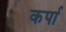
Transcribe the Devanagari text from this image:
कर्पा